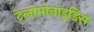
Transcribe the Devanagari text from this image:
टेलोमोनाइडिस